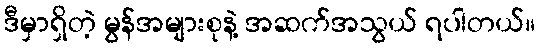
ဒီမှာရှိတဲ့ မွန်အများစုနဲ့ အဆက်အသွယ် ရပါတယ်။